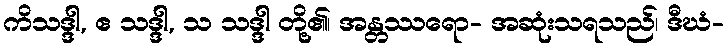
ကိသဒ္ဒါ, ဧ သဒ္ဒါ, သ သဒ္ဒါ တို့၏၊ အန္တဿရော- အဆုံးသရသည်၊ ဒီဃံ-